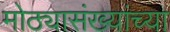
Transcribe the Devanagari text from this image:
मोठ्यासंख्यांच्या